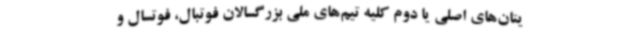
یتان‌های اصلی یا دوم کلیه تیم‌های ملی بزرگسالان فوتبال، فوتسال و